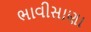
ભાવીસાણા